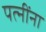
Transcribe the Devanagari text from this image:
पत्‍नींना